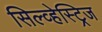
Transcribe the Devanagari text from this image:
सिल्व्हेस्ट्रिज